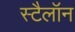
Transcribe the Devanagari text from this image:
स्टैलॉन